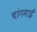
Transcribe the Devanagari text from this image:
चांगमाई